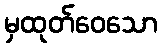
မှထုတ်ဝေသော